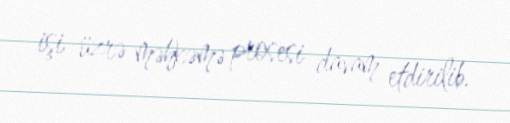
işi üzrə məhkəmə prosesi davam etdirilib.